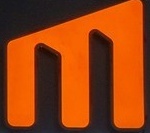
M